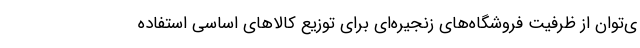
ی‌توان از ظرفیت فروشگاه‌های زنجیره‌ای برای توزیع کالاهای اساسی استفاده